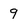
Character: 9